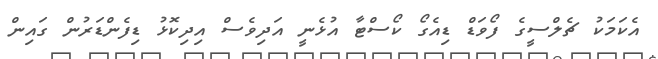
އެކަމަކު ޗެލްސީގެ ފޯވަޑް ޑިއެގޯ ކޯސްޓާ އުޅެނީ އަދިވެސް އިދިކޮޅު ޑިފެންޑަރުން ގައިން